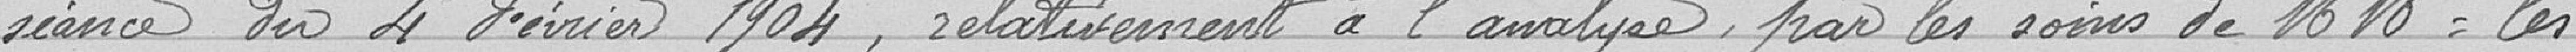
séance du 4 février 1904, relativement  à l'analyse, par les soins de Messieurs les